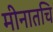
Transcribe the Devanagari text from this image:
मीनातचि